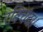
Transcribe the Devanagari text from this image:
रविचंद।।